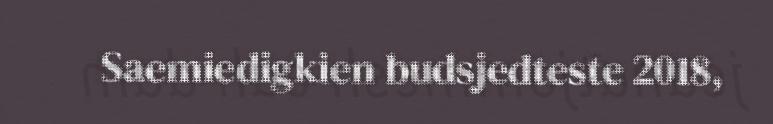
Saemiedigkien budsjedteste 2018,